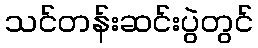
သင်တန်းဆင်းပွဲတွင်